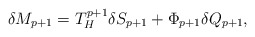
\begin{align*}\delta M_{p+1}=T^{p+1}_H\delta S_{p+1}+\Phi_{p+1}\delta Q_{p+1},\end{align*}